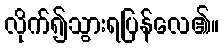
လိုက်၍သွားရပြန်လေ၏။